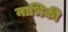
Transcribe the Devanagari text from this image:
नाभिकी